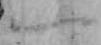
一